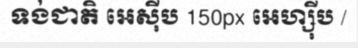
ទង់ជាតិ អេស៊ីប 150px អេហ្ស៊ីប /